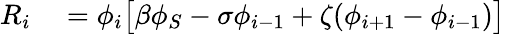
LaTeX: \begin{array}{rl}{R_{i}}&{{}=\phi_{i}\bigl[\beta\phi_{S}-\sigma\phi_{i-1}+\zeta(\phi_{i+1}-\phi_{i-1})\bigr]}\end{array}